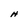
Character: H